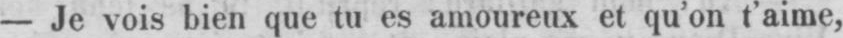
- Je vois bien que tu es amoureux et qu’on t’aime,